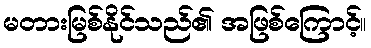
မတားမြစ်နိုင်သည်၏ အဖြစ်ကြောင့်။